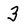
Character: 3